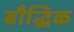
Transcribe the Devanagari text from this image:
बौद्धिक